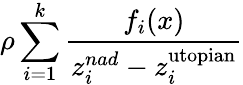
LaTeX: \rho\sum_{i=1}^{k}{\frac{f_{i}(x)}{z_{i}^{nad}-z_{i}^{\mathrm{utopian}}}}